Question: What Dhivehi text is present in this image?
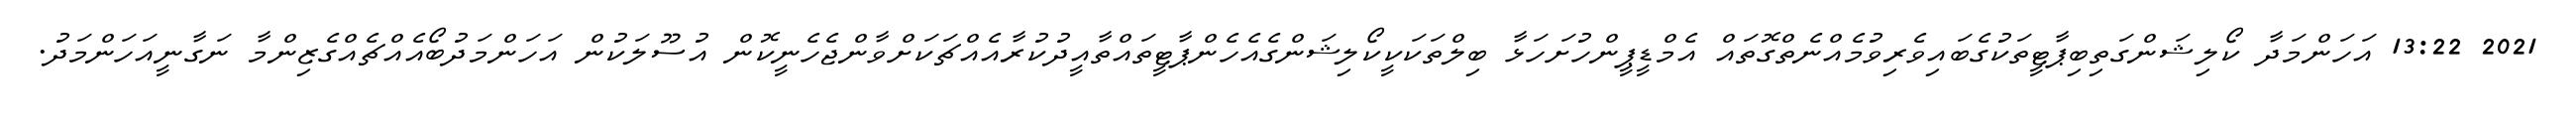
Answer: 2021 13:22 އަހަންމަދާ ކޯލިޝަންގަތިބިޕާޓީތަކުގެބައިވެރިވުމެއްނެތްގޮތައް އެމްޑީޕީންހުށަހަޅާ ބިލްތަކަކީކޯލިޝަންގެއެހެންޕާޓީތައްތާއީދުކުރާއެއްޗަކަށްވާންޖެހެނީކޮން އުސޫލަކުން އަހަންމަދުބޯއެއްޗެއްގެޒިންމާ ނަގާނީއަހަންމަދު.